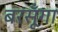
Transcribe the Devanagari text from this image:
बरसूँगा